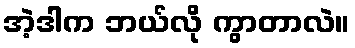
အဲ့ဒါက ဘယ်လို ကွာတာလဲ။